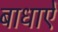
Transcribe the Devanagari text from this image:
बाधाऐं